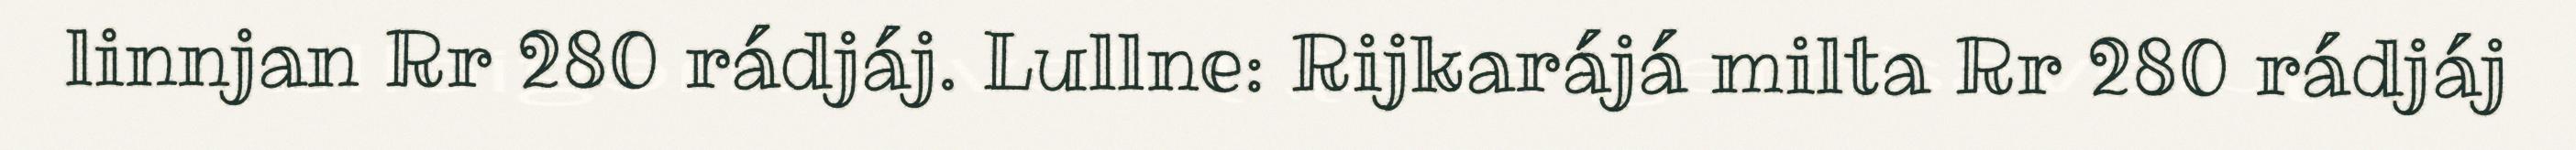
linnjan Rr 280 rádjáj. Lullne: Rijkarájá milta Rr 280 rádjáj